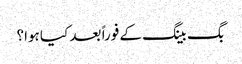
بگ بینگ کے فوراً بعد کیا ہوا؟